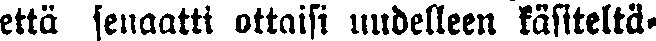
että senaatti ottaisi uudelleen käsiteltä-